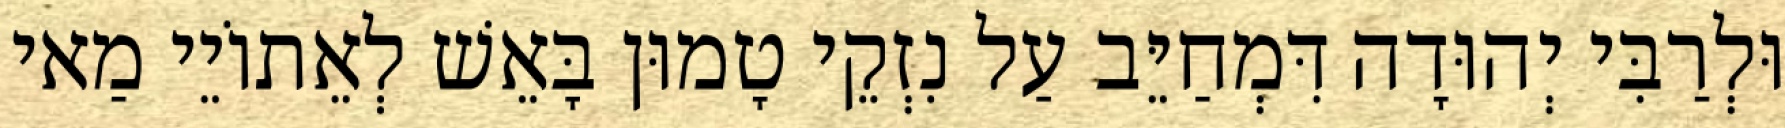
וּלְרַבִּי יְהוּדָה דִּמְחַיֵּב עַל נִזְקֵי טָמוּן בָּאֵשׁ לְאֵתוֹיֵי מַאי